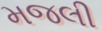
મજલી